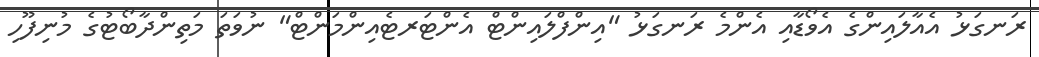
ރަނގަޅު އެއާލައިންގެ އެވޯޑާއި އެންމެ ރަނގަޅު "އިންފްލައިންޓް އެންޓަރޓެއިންމަންޓް" ނުވަތަ މަތިންދާބޯޓުގެ މުނިފޫހި